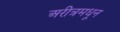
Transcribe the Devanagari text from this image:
अरीत्रमधून